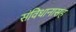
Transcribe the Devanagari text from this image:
संविधानासह